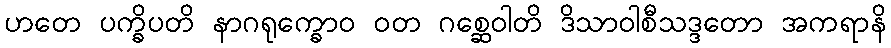
ဟတေ ပက္ခိပတိ နာဂရုက္ခောဝ ဝတ ဂစ္ဆေဝါတိ ဒိသာဝါစီသဒ္ဒတော အကရာနိ